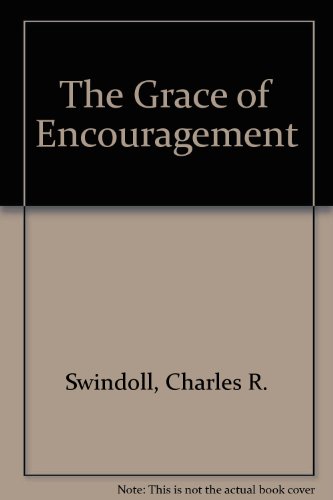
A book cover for The Grace of Encouragement; Charles R. Swindoll; Calendars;